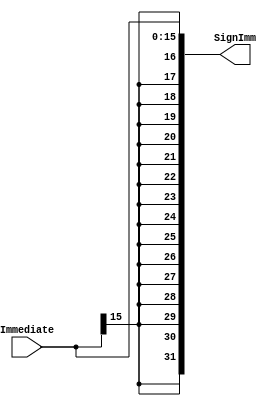
module Imm_Sign_Extend(
    // System Clock

    // User Interface
    input       [15:0]  Immediate,  // Number to sign extend
 
    output      [31:0]  SignImm     // Sign extended result
);
    assign  SignImm = {{16{Immediate[15]}}, Immediate[15:0]}; // How it is sign extended
endmodule